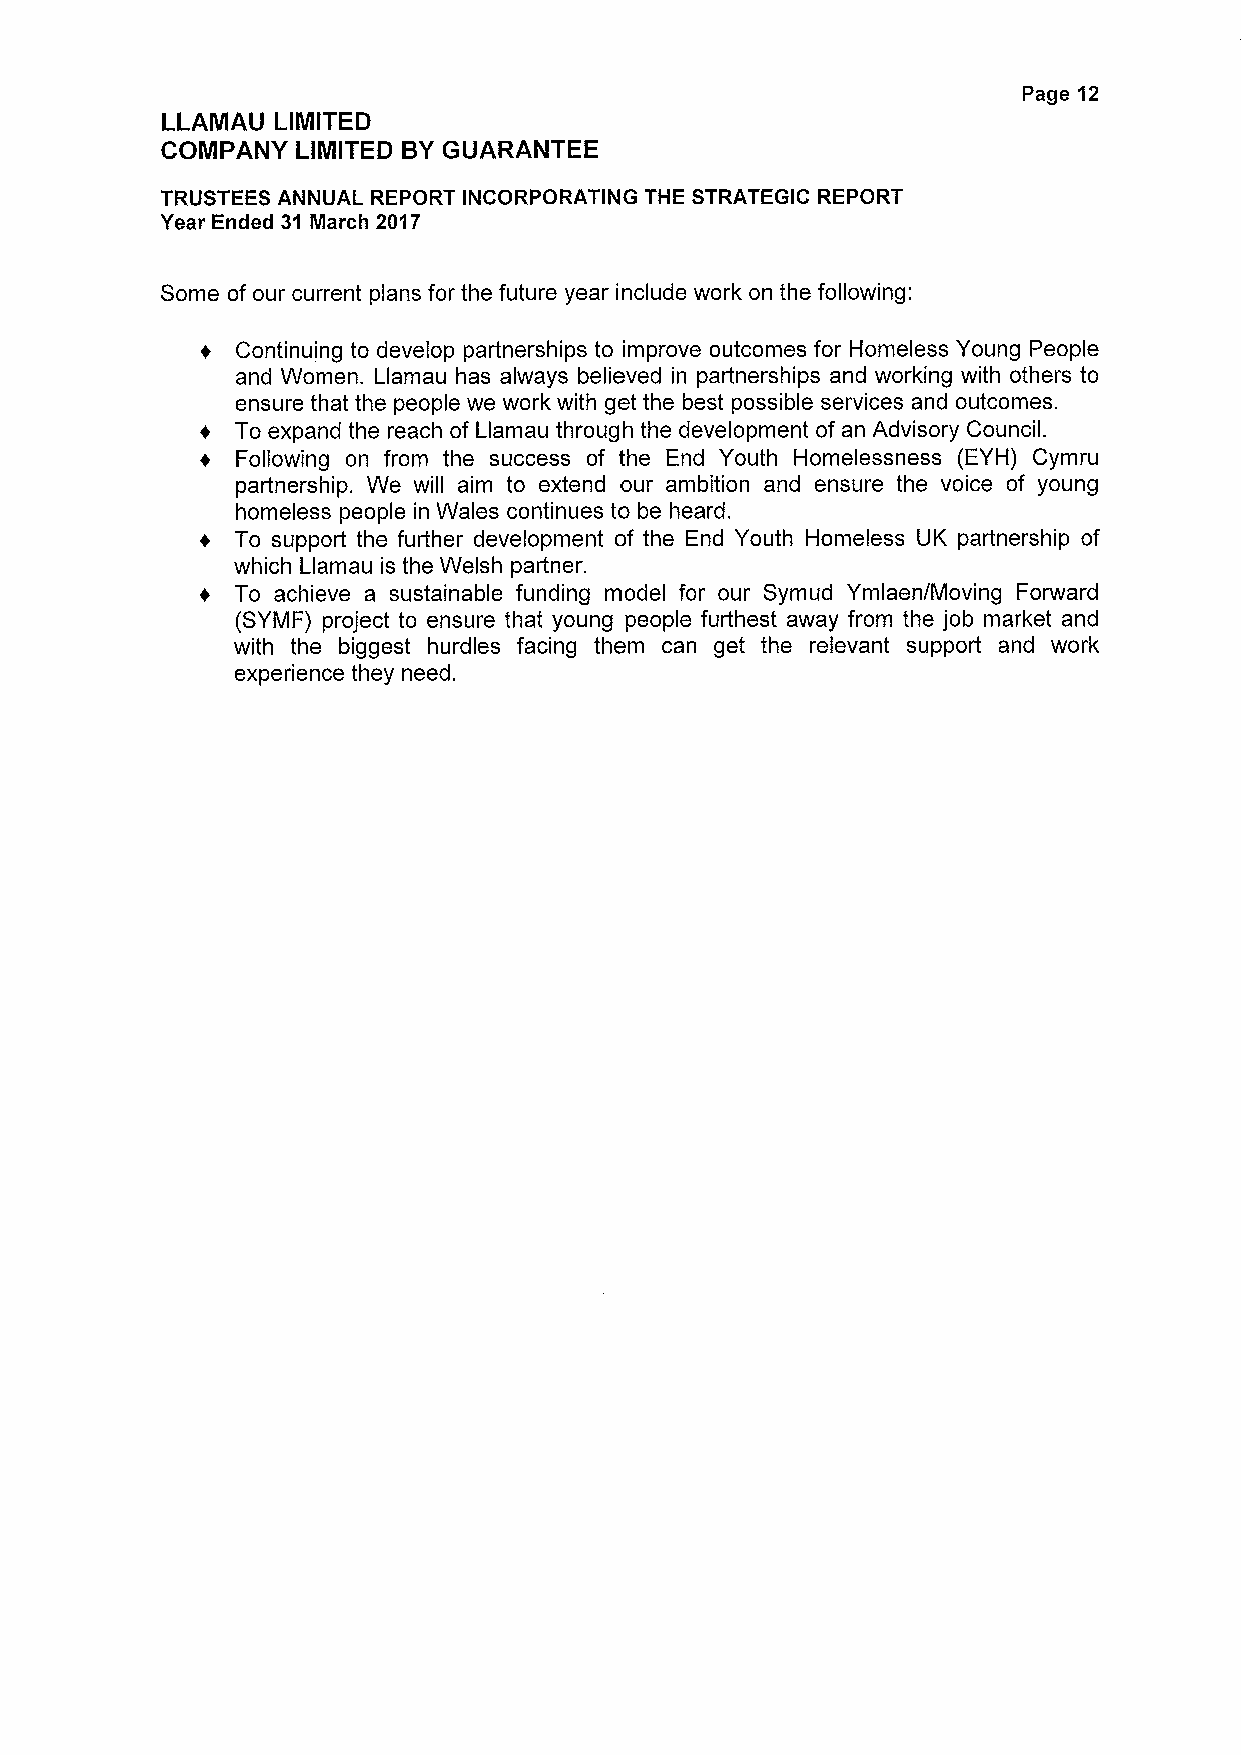
Page 12
 LLAMAU LIMITED
 COMPANY  LIMITED BYGUARANTEE
 TRUSTEES ANNUAL REPORT INCORPORATING THE STRATEGIC REPORT
 Year Ended 31 March 2017
 Some of our current plans for the future year include work on the following:
 Continuing to develop partnerships to improve outcomes for Homeless Young People
 and Women. Llamau has always believed in parInerships and working with others to
 ensure that the people we work with get the best possible services and outcomes.
 To expand the reach of Llamau through the development of an Advisory Council.
 Following on from the success of the End Youth Homelessness (EYH) Cymru
 partnership. We will aim to extend our ambition and ensure the voice of young
 homeless people in Wales continues to be heard.
 To support the further development of the End Youth Homeless UK partnership of
 which Llamau is the Welsh partner.
 To achieve a sustainable funding model for our Symud Ymlaen/Moving Forward
 (SYMF) project to ensure that young people furthest away from the job market and
 with the biggest hurdles facing them can get the relevant support and work
 experience they need.